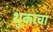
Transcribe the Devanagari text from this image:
शुकाचा